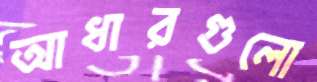
আধারগুলো